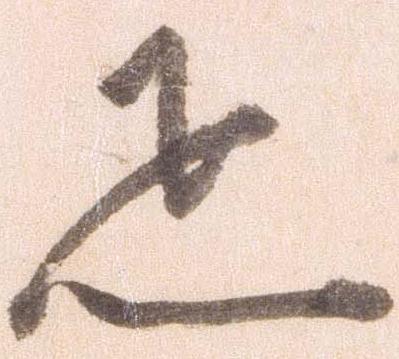
疋